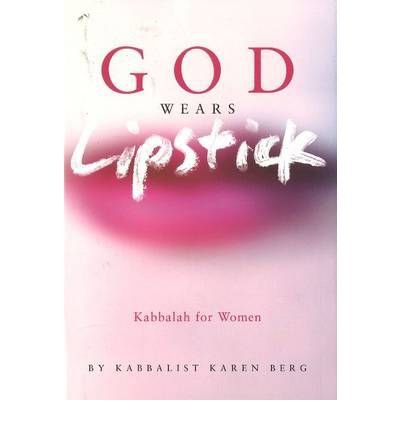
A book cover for God Wears Lipstick: Kabbalah for Women; Karen Berg; Religion & Spirituality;